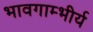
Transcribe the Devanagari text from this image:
भावगाम्भीर्य